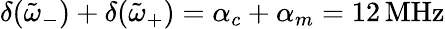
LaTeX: \delta(\tilde{\omega}_{-})+\delta(\tilde{\omega}_{+})=\alpha_{c}+\alpha_{m}=12\, \textrm{MHz}